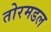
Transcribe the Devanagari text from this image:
तोरमडल